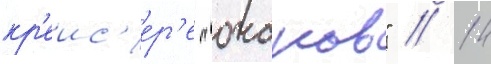
кр'еис'ер'е "очаков" // 14